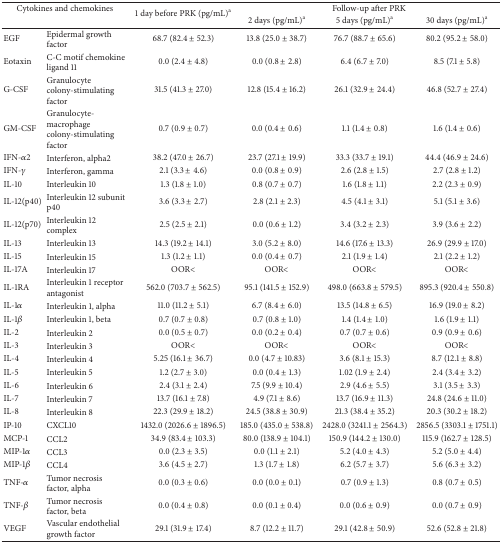
<table><thead><tr><td colspan="2"><b>Cytokines and chemokines</b></td><td rowspan="2"><b>1 day before PRK (pg/mL)<sup>a</sup></b></td><td colspan="3"><b>Follow-up after PRK</b></td></tr><tr><td><b> </b></td><td><b> </b></td><td><b>2 days (pg/mL)<sup>a</sup></b></td><td><b>5 days (pg/mL)<sup>a</sup></b></td><td><b>30 days (pg/mL)<sup>a</sup></b></td></tr></thead><tbody><tr><td>EGF</td><td>Epidermal growth factor</td><td>68.7 (82.4 ± 52.3)</td><td>13.8 (25.0 ± 38.7)</td><td>76.7 (88.7 ± 65.6)</td><td>80.2 (95.2 ± 58.0)</td></tr><tr><td>Eotaxin</td><td>C-C motif chemokine ligand 11</td><td>0.0 (2.4 ± 4.8)</td><td>0.0 (0.8 ± 2.8)</td><td>6.4 (6.7 ± 7.0)</td><td>8.5 (7.1 ± 5.8)</td></tr><tr><td>G-CSF</td><td>Granulocyte colony-stimulating factor</td><td>31.5 (41.3 ± 27.0)</td><td>12.8 (15.4 ± 16.2)</td><td>26.1 (32.9 ± 24.4)</td><td>46.8 (52.7 ± 27.4)</td></tr><tr><td>GM-CSF</td><td>Granulocyte-macrophage colony-stimulating factor</td><td>0.7 (0.9 ± 0.7)</td><td>0.0 (0.4 ± 0.6)</td><td>1.1 (1.4 ± 0.8)</td><td>1.6 (1.4 ± 0.6)</td></tr><tr><td>IFN-<i>α</i>2</td><td>Interferon, alpha2</td><td>38.2 (47.0 ± 26.7)</td><td>23.7 (27.1 ± 19.9)</td><td>33.3 (33.7 ± 19.1)</td><td>44.4 (46.9 ± 24.6)</td></tr><tr><td>IFN-<i>γ</i></td><td>Interferon, gamma</td><td>2.1 (3.3 ± 4.6)</td><td>0.0 (0.8 ± 0.9)</td><td>2.6 (2.8 ± 1.5)</td><td>2.7 (2.8 ± 1.2)</td></tr><tr><td>IL-10</td><td>Interleukin 10</td><td>1.3 (1.8 ± 1.0)</td><td>0.8 (0.7 ± 0.7)</td><td>1.6 (1.8 ± 1.1)</td><td>2.2 (2.3 ± 0.9)</td></tr><tr><td>IL-12(p40)</td><td>Interleukin 12 subunit p40</td><td>3.6 (3.3 ± 2.7)</td><td>2.8 (2.1 ± 2.3)</td><td>4.5 (4.1 ± 3.1)</td><td>5.1 (5.1 ± 3.6)</td></tr><tr><td>IL-12(p70)</td><td>Interleukin 12 complex</td><td>2.5 (2.5 ± 2.1)</td><td>0.0 (0.6 ± 1.2)</td><td>3.4 (3.2 ± 2.3)</td><td>3.9 (3.6 ± 2.2)</td></tr><tr><td>IL-13</td><td>Interleukin 13</td><td>14.3 (19.2 ± 14.1)</td><td>3.0 (5.2 ± 8.0)</td><td>14.6 (17.6 ± 13.3)</td><td>26.9 (29.9 ± 17.0)</td></tr><tr><td>IL-15</td><td>Interleukin 15</td><td>1.3 (1.2 ± 1.1)</td><td>0.0 (0.4 ± 0.7)</td><td>2.1 (1.9 ± 1.4)</td><td>2.1 (2.2 ± 1.2)</td></tr><tr><td>IL-17A</td><td>Interleukin 17</td><td>OOR&lt;</td><td>OOR&lt;</td><td>OOR&lt;</td><td>OOR&lt;</td></tr><tr><td>IL-1RA</td><td>Interleukin 1 receptor antagonist</td><td>562.0 (703.7 ± 562.5)</td><td>95.1 (141.5 ± 152.9)</td><td>498.0 (663.8 ± 579.5)</td><td>895.3 (920.4 ± 550.8)</td></tr><tr><td>IL-1<i>α</i></td><td>Interleukin 1, alpha</td><td>11.0 (11.2 ± 5.1)</td><td>6.7 (8.4 ± 6.0)</td><td>13.5 (14.8 ± 6.5)</td><td>16.9 (19.0 ± 8.2)</td></tr><tr><td>IL-1<i>β</i></td><td>Interleukin 1, beta</td><td>0.7 (0.7 ± 0.8)</td><td>0.7 (0.8 ± 1.0)</td><td>1.4 (1.4 ± 1.0)</td><td>1.6 (1.9 ± 1.1)</td></tr><tr><td>IL-2</td><td>Interleukin 2</td><td>0.0 (0.5 ± 0.7)</td><td>0.0 (0.2 ± 0.4)</td><td>0.7 (0.7 ± 0.6)</td><td>0.9 (0.9 ± 0.6)</td></tr><tr><td>IL-3</td><td>Interleukin 3</td><td>OOR&lt;</td><td>OOR&lt;</td><td>OOR&lt;</td><td>OOR&lt;</td></tr><tr><td>IL-4</td><td>Interleukin 4</td><td>5.25 (16.1 ± 36.7)</td><td>0.0 (4.7 ± 10.83)</td><td>3.6 (8.1 ± 15.3)</td><td>8.7 (12.1 ± 8.8)</td></tr><tr><td>IL-5</td><td>Interleukin 5</td><td>1.2 (2.7 ± 3.0)</td><td>0.0 (0.4 ± 1.3)</td><td>1.02 (1.9 ± 2.4)</td><td>2.4 (3.4 ± 3.2)</td></tr><tr><td>IL-6</td><td>Interleukin 6</td><td>2.4 (3.1 ± 2.4)</td><td>7.5 (9.9 ± 10.4)</td><td>2.9 (4.6 ± 5.5)</td><td>3.1 (3.5 ± 3.3)</td></tr><tr><td>IL-7</td><td>Interleukin 7</td><td>13.7 (16.1 ± 7.8)</td><td>4.9 (7.1 ± 8.6)</td><td>13.7 (16.9 ± 11.3)</td><td>24.8 (24.6 ± 11.0)</td></tr><tr><td>IL-8</td><td>Interleukin 8</td><td>22.3 (29.9 ± 18.2)</td><td>24.5 (38.8 ± 30.9)</td><td>21.3 (38.4 ± 35.2)</td><td>20.3 (30.2 ± 18.2)</td></tr><tr><td>IP-10</td><td>CXCL10</td><td>1432.0 (2026.6 ± 1896.5)</td><td>185.0 (435.0 ± 538.8)</td><td>2428.0 (3241.1 ± 2564.3)</td><td>2856.5 (3303.1 ± 1751.1)</td></tr><tr><td>MCP-1</td><td>CCL2</td><td>34.9 (83.4 ± 103.3)</td><td>80.0 (138.9 ± 104.1)</td><td>150.9 (144.2 ± 130.0)</td><td>115.9 (162.7 ± 128.5)</td></tr><tr><td>MIP-1<i>α</i></td><td>CCL3</td><td>0.0 (2.3 ± 3.5)</td><td>0.0 (1.1 ± 2.1)</td><td>5.2 (4.0 ± 4.3)</td><td>5.2 (5.0 ± 4.4)</td></tr><tr><td>MIP-1<i>β</i></td><td>CCL4</td><td>3.6 (4.5 ± 2.7)</td><td>1.3 (1.7 ± 1.8)</td><td>6.2 (5.7 ± 3.7)</td><td>5.6 (6.3 ± 3.2)</td></tr><tr><td>TNF-<i>α</i></td><td>Tumor necrosis factor, alpha</td><td>0.0 (0.3 ± 0.6)</td><td>0.0 (0.0 ± 0.1)</td><td>0.7 (0.9 ± 1.3)</td><td>0.8 (0.7 ± 0.5)</td></tr><tr><td>TNF-<i>β</i></td><td>Tumor necrosis factor, beta</td><td>0.0 (0.4 ± 0.8)</td><td>0.0 (0.1 ± 0.4)</td><td>0.0 (0.6 ± 0.9)</td><td>0.0 (0.7 ± 0.9)</td></tr><tr><td>VEGF</td><td>Vascular endothelial growth factor</td><td>29.1 (31.9 ± 17.4)</td><td>8.7 (12.2 ± 11.7)</td><td>29.1 (42.8 ± 50.9)</td><td>52.6 (52.8 ± 21.8)</td></tr></tbody></table>